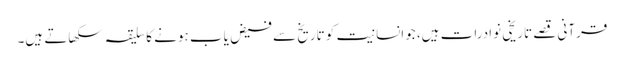
قرآنی قصے تاریخی نوادرات ہیں، جوانسانیت کو تاریخ سے فیض یاب ہونے کا سلیقہ سکھاتے ہیں۔